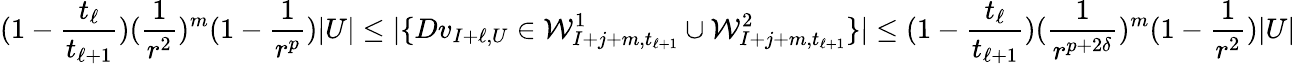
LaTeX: (1-\frac{t_{\ell}}{t_{\ell+1}})(\frac{1}{r^{2}})^{m}(1-\frac{1}{r^{p}})|U|\leq|\{ Dv_{I+\ell,U}\in\mathcal{W}_{I+j+m,t_{\ell+1}}^{1}\cup\mathcal{W}_{I+j+m,t_{\ell+1}}^{2}\} |\newline\leq(1-\frac{t_{\ell}}{t_{\ell+1}}){(\frac{1}{r^{p+2\delta}})^{m}(1-\frac{1}{r^{2}})|U|}